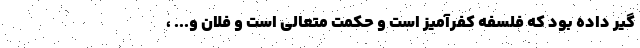
گیر داده بود که فلسفه کفرآمیز است و حکمت متعالی است و فلان و... ،